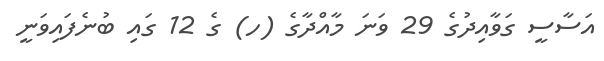
އަސާސީ ގަވާއިދުގެ 29 ވަނަ މާއްދާގެ (ހ) ގެ 12 ގައި ބުނެފައިވަނީ